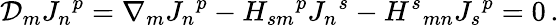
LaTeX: {\cal D}_{m}{J_{n}}^{p}=\nabla_{m}{J_{n}}^{p}-H_{sm}{}^{p}{J_{n}}^{s}-{H^{s}}_{mn}{J_{s}}^{p}=0\, .